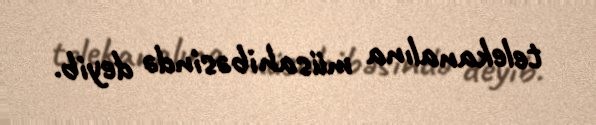
telekanalına müsahibəsində deyib.